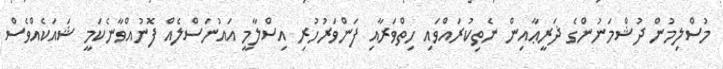
މުސްލިމުން ދުޝްމަނުންގެ ޛަރީޢާއިން ނެތިކުރައްވައި ހިތްވަރާއި ފަންވަރުހުރި އިސްލާމީ އައުނަސްލެއް ފޮނުއްވާނެކަމީ ޝައަކެއްވެސް